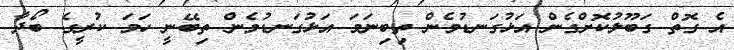
އެ ގޮތް ގަބޫލުކޮށްގެން އަޅުގަނޑުމެން ތިބިނަމަ އަޅުގަނޑުމެން ތިބޭނީ ހަމަ ކުރީގެ ބޯދާ